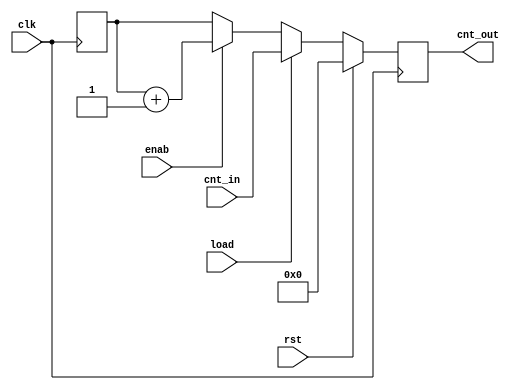
module counterfunc
#(
  parameter integer WIDTH=5
 )
 (
  input  wire clk  ,
  input  wire rst  ,
  input  wire load ,
  input  wire enab ,
  input  wire [WIDTH-1:0] cnt_in ,
  output reg  [WIDTH-1:0] cnt_out 
 );

  
//////////////////////////////////////////////////////////////////////////////
//TO DO: DEFINE THE COUNTER COMBINATIONAL LOGIC using FUNCTION AS INSTRUCTED//
//////////////////////////////////////////////////////////////////////////////

function [WIDTH-1:0] cnt_func
  (input rst, load, enab,
   input [WIDTH-1:0] in_bus, out_bus);

   begin
      if (rst)
	cnt_func = 'b0;
      else if (load)
	cnt_func = in_bus;
      else if (enab)
	cnt_func = cnt_func + 1;
   end
endfunction // cnt_func   

   
  always @(posedge clk)
     cnt_out <= cnt_func (rst, load, enab ,cnt_in, cnt_out); //function call

endmodule